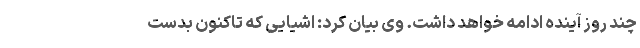
چند روز آینده ادامه خواهد داشت. وی بیان کرد: اشیایی که تاکنون بدست